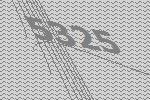
5325